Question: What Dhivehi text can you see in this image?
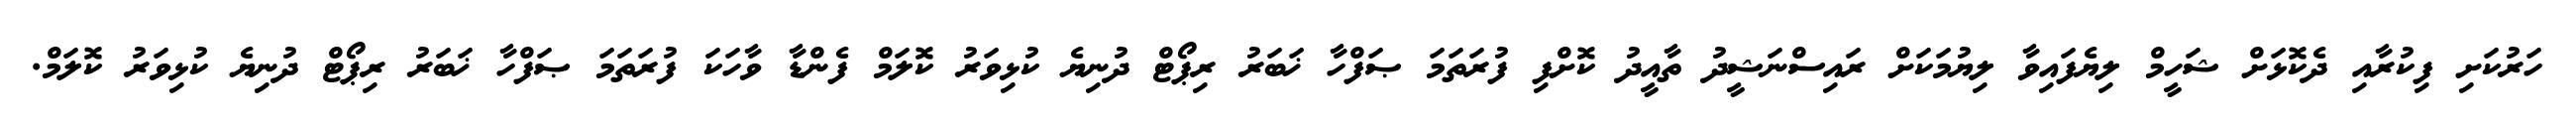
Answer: ހަރުކަށި ފިކުރާއި ދެކޮޅަށް ޝަހީމް ލިޔެފައިވާ ލިޔުމަކަށް ރައިސްނަޝީދު ތާއީދު ކޮށްފި ފުރަތަމަ ޞަފްހާ ޚަބަރު ރިޕޯޓް ދުނިޔެ ކުޅިވަރު ކޮލަމް ފެންޑާ ވާހަކަ ފުރަތަމަ ޞަފްހާ ޚަބަރު ރިޕޯޓް ދުނިޔެ ކުޅިވަރު ކޮލަމް.